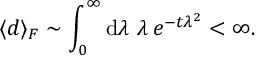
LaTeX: \langle d \rangle _ { F } \sim \int _ { 0 } ^ { \infty } \mathrm { d } \lambda \, \, \lambda \, e ^ { - t \lambda ^ { 2 } } < \infty .